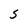
Character: S